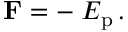
\mathbf { F } = - \mathbf { \nabla } E _ { \mathrm { p } } \, .